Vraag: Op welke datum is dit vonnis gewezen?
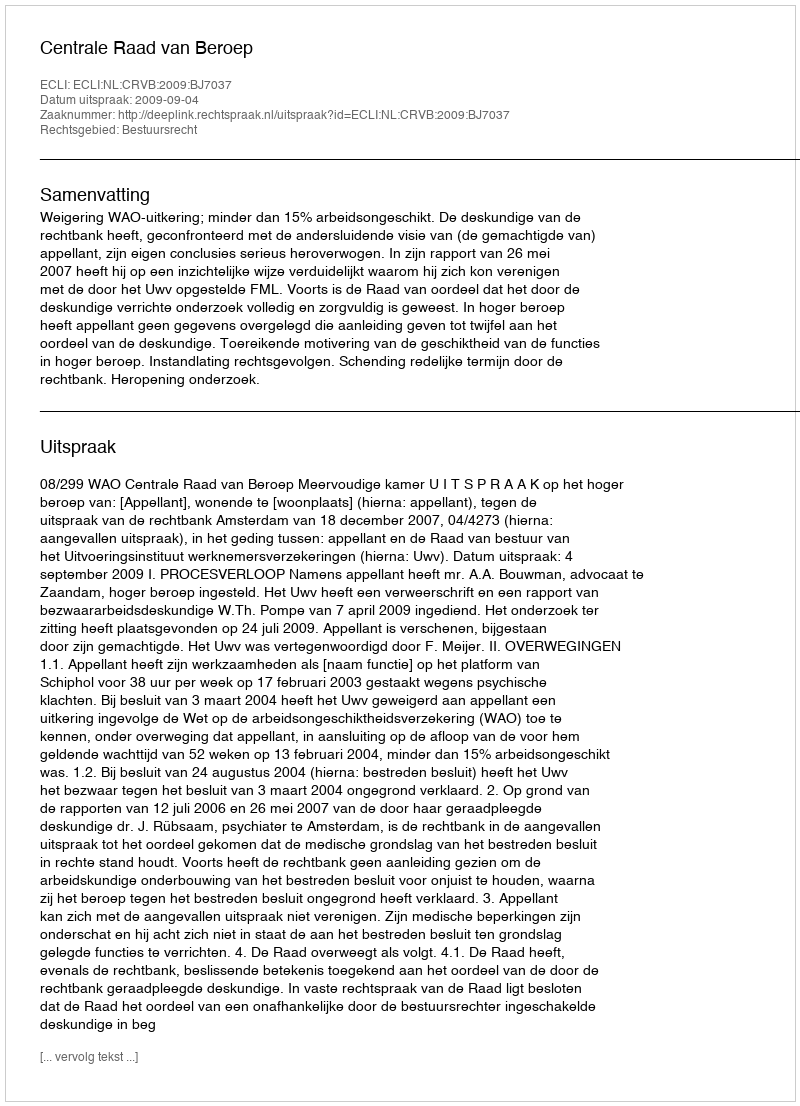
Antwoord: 2009-09-04